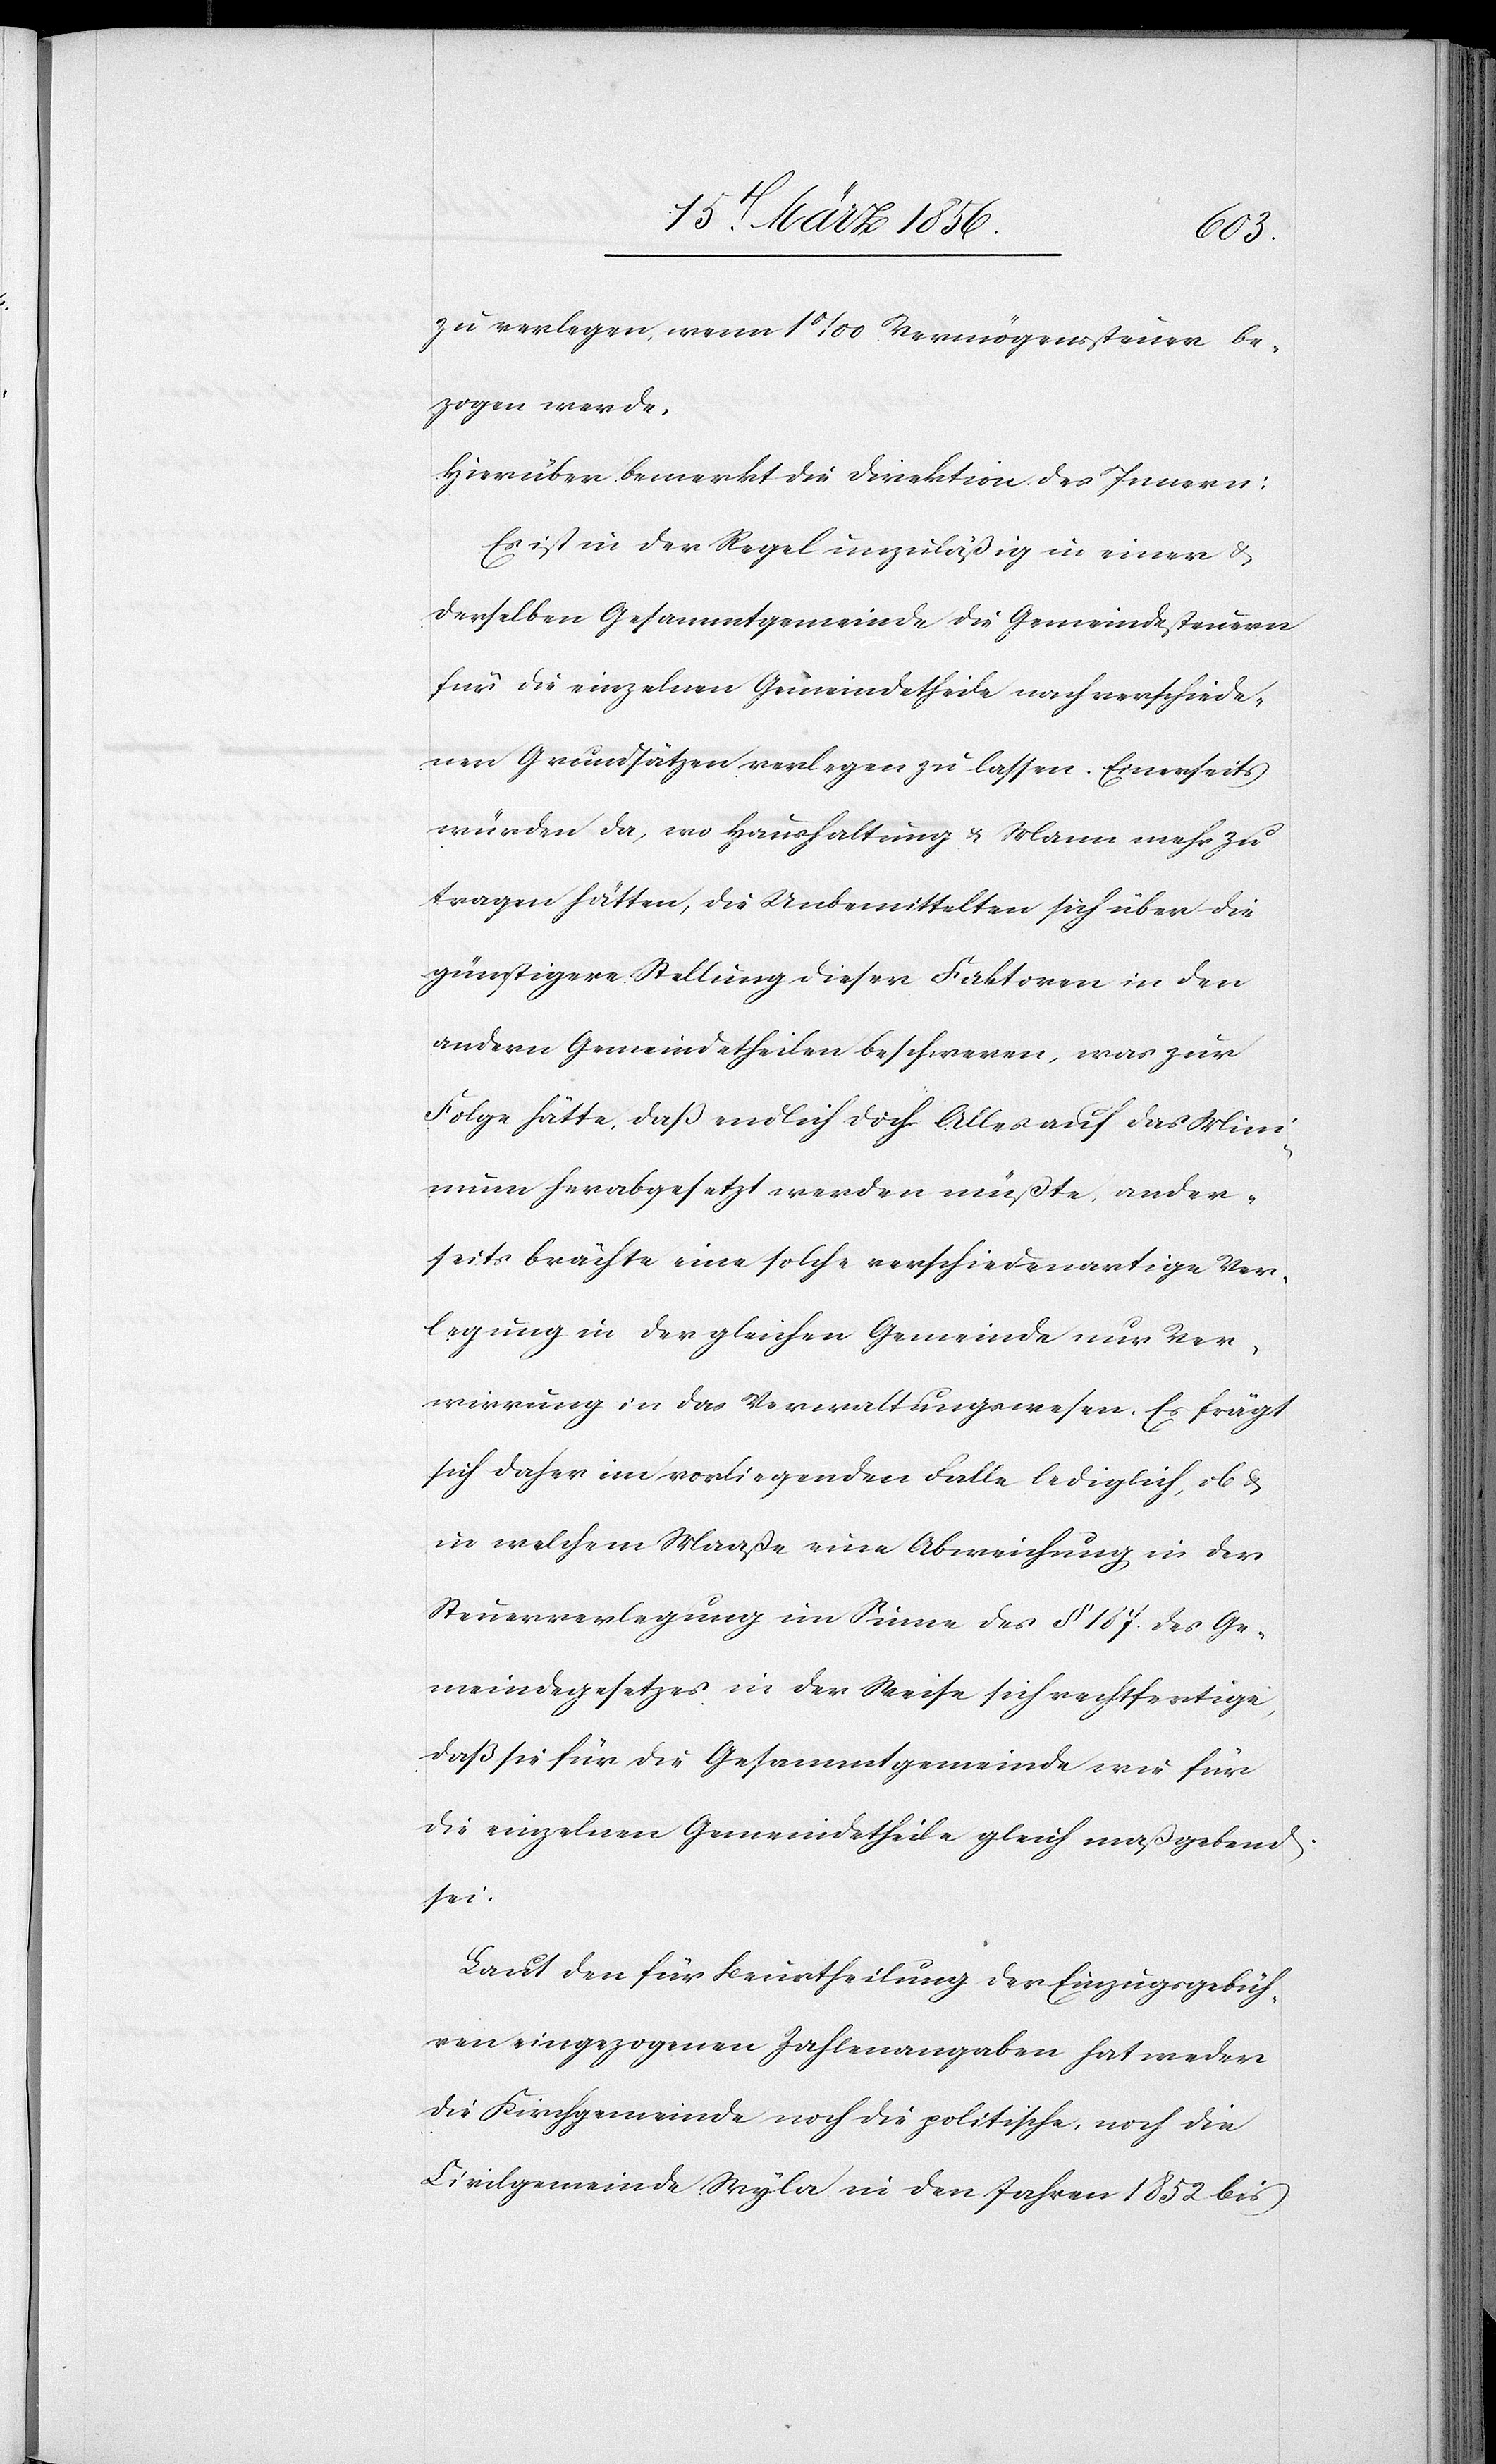
zu verlegen, wenn 1‰ Vermögenssteuer be¬
zogen werde.
Hierüber bemerkt die Direktion des Innern:
Es ist in der Regel unzuläßig in einer &
derselben Gesammtgemeinde die Gemeindesteuern
für die einzelnen Gemeindetheile nach verschiede¬
nen Grundsätzen verlegen zu lassen. Einerseits
würden da, wo Haushaltung & Mann mehr zu
tragen hätten, die Unbemittelten sich über die
günstigere Stellung dieser Faktoren in den
andern Gemeindetheilen beschweren, was zur
Folge hätte, daß endlich doch Alles auf das Mini¬
mum herabgesetzt werden müßte, ander¬
seits brächte eine solche verschiedenartige Ver¬
legung in der gleichen Gemeinde nur Ver¬
wirrung in das Verwaltungswesen. Es frägt
sich daher im vorliegenden Falle lediglich, ob &
in welchem Maaße eine Abweichung in der
Steuerverlegung im Sinne des § 187 des Ge¬
meindegesetzes in der Weise sich rechtfertige,
daß sie für die Gesammtgemeinde wie für
die einzelnen Gemeindetheile gleich maßgebend
sei.
Laut den für Beurtheilung der Einzugsgebüh¬
ren eingezogenen Zahlenangaben hat weder
die Kirchgemeinde noch die politische, noch die
Civilgemeinde Wyla in den Jahre 1852 bis